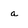
Character: a